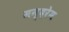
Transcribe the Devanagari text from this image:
मन्दरेम